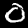
Digit: 0